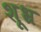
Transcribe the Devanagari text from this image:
शूभ्र